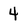
Character: 4